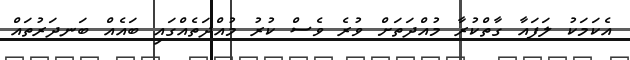
އެކަމަކު ލަފައާ ގާތްކުރާ މުއްދަތަށް ވުރެ ވެސް ކުރު މުއްދަތެއްގައި ބައެއް ބަނދަރުތައް